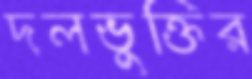
দলভুক্তির